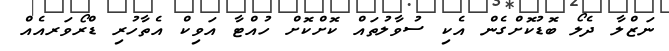
ނަޒްލާ ދެލޯ ބޮޑުކޮށްގެން އެކި ސުވާލުތައް ކޮށްކޮށް ހުއްޓާ އަވިކް އެތާހުރި ޑްރޯވަރއެއް